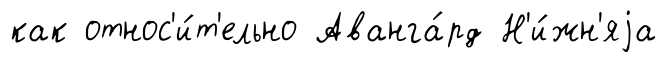
как относ'и́т'ельно Аванга́рд Н'и́жн'яjа